Scientific memoirs by medical officers of the Army of India - Part IV,
Year: 1889
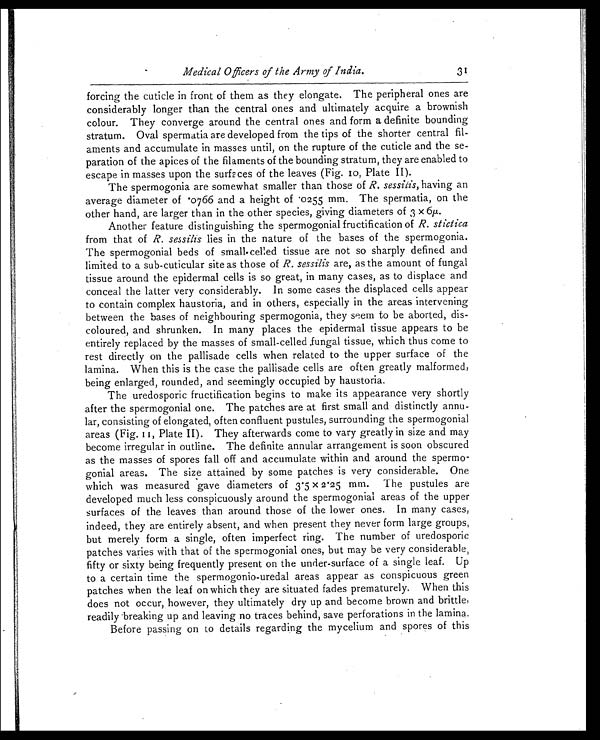
Medical Officers of the Army of India.
31
forcing the cuticle in front of them as they elongate. The peripheral ones are
considerably longer than the central ones and ultimately acquire a brownish
colour. They converge around the central ones and form a definite bounding
stratum. Oval spermatia are developed from the tips of the shorter central fil
-aments and accumulate in masses until, on the rupture of the cuticle and the se
- p a r a t i o n o f t h e a p i c e s o f t h e f i l a m e n t s o f t h e b o u n d i n g s t r a t u m , t h e y a r e e n a b l e d t o
escape in masses upon the surfaces of the leaves (Fig. 10, Plate II).
The spermogonia are somewhat smaller than those of R. sessilis, having an
average diameter of 0766 and a height of 0255 mm. The spermatia, on the
other hand, are larger than in the other species, giving diameters of 3 x
Another feature distinguishing the spermogonial fructification of R. stictica
from that of R. sessilisl i e s i n t h e n a t u r e o f t h e b a s e s o f t h e s p e r m o g o n i a .
The spermogonial beds of small-celled tissue are not so sharply defined and
limited to a sub-cuticular site as those of R. sessilis are, as the amount of fungal
tissue around the epidermal cells is so great, in many cases, as to displace and
conceal the latter very considerably. In some cases the displaced cells appear
to contain complex haustoria, and in others, especially in the areas intervening
between the bases of neighbouring spermogonia, they seem to be aborted, dis
- c o l o u r e d , a n d s h r u n k e n . I n m a n y p l a c e s t h e e p i d e r m a l t i s s u e a p p e a r s t o b e
entirely replaced by the masses of small-celled ,fungal tissue, which thus come to
rest directly on the pallisade cells when related to the upper surface of the
lamina. When this is the case the pallisade cells are often greatly malformed,
being enlarged, rounded, and seemingly occupied by haustoria.
The uredosporic fructification begins to make its appearance very shortly
after the spermogonial one. The patches are at first small and distinctly annu
lar, consisting of elongated, often confluent pustules, surrounding the spermogonial
areas (Fig. 11, Plate II). They afterwards come to vary greatly in size and may
become irregular in outline. The definite annular arrangement is soon obscured
as the masses of spores fall off and accumulate within and around the spermo-
gonial areas. The size attained by some patches is very considerable. One
which was measured gave diameters of 3 .5 x 2 . 25 mm. The pustules are
developed much less conspicuously around the spermogonial areas of the upper
surfaces of the leaves than around those of the lower ones. In many cases,
indeed, they are entirely absent, and when present they never form large groups,
but merely form a single, often imperfect ring. The number of uredosporic
patches varies with that of the spermogonial ones, but may be very considerable,
fifty or sixty being frequently present on the under-surface of a single leaf. Up
to a certain time the spermogonio-uredal areas appear as conspicuous green
patches when the leaf on which they are situated fades prematurely. When this
does not occur, however, they ultimately dry up and become brown and brittle,
readily breaking up and leaving no traces behind, save perforations in the lamina.
Before passing on to details regarding the mycelium and spores of this